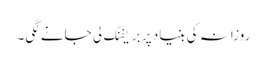
روزانہ کی بنیاد پر بریفنگ لی جانے لگی۔